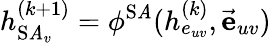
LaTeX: h_{\operatorname{S\mathit{A}}_{v}}^{(k+1)}=\phi^{\operatorname{S\mathit{A}}}(h_{e_{uv}}^{(k)},\vec{{\mathbf{{e}}}}_{uv})